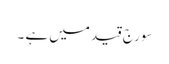
سورج قید میں ہے ۔